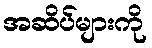
အဆိပ်များကို